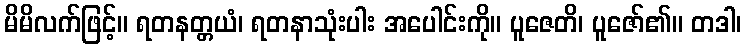
မိမိလက်ဖြင့်။ ရတနတ္တယံ၊ ရတနာသုံးပါး အပေါင်းကို။ ပူဇေတိ၊ ပူဇော်၏။ တဒါ၊